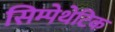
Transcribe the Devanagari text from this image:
सिम्पेथेटिक